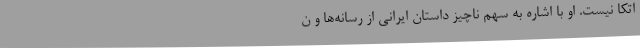
اتکا نیست. او با اشاره به سهم ناچیز داستان ایرانی از رسانه‌ها و ن